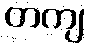
တကျ